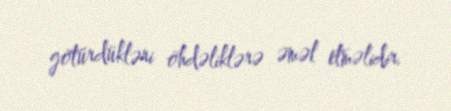
götürdükləri öhdəliklərə əməl etməlidir.